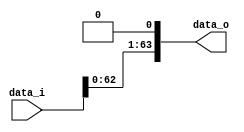
`timescale 1ns / 1ps
//--------------------------------------------------------------------------------
//Version:     1
//--------------------------------------------------------------------------------
//Description: 
//--------------------------------------------------------------------------------

module Shift_Left_One_64(
    data_i,
    data_o
    );

//I/O ports                    
input [64-1:0] data_i;
output [64-1:0] data_o;

//shift left 1

assign data_o = data_i << 1; //cast as signed type

endmodule